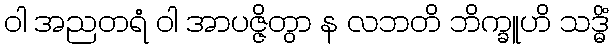
ဝါ အညတရံ ဝါ အာပဇ္ဇိတွာ န လဘတိ ဘိက္ခူဟိ သဒ္ဓိံ